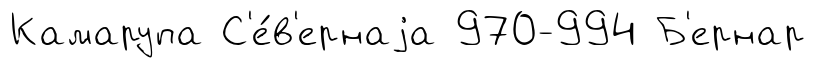
Камарупа С'е́в'ернаjа 970-994 Б'ернар